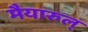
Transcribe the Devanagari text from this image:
मैयारुल्